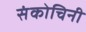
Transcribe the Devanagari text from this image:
संकोचिनी